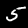
Label: 5